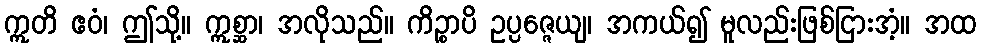
ဣတိ ဧဝံ၊ ဤသို့။ ဣစ္ဆာ၊ အလိုသည်။ ကိဉ္စာပိ ဥပ္ပဇ္ဇေယျ၊ အကယ်၍ မူလည်းဖြစ်ငြားအံ့။ အထ